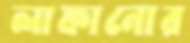
লাফানোর